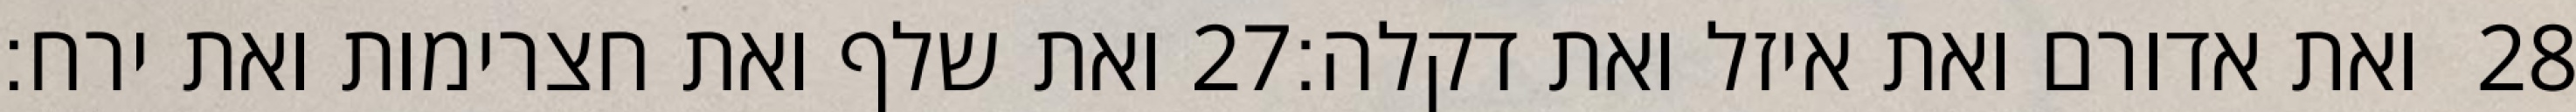
ואת שלף ואת חצרימות ואת ירח׃ ‎27‏ ואת אדורם ואת איזל ואת דקלה׃ ‎28‏